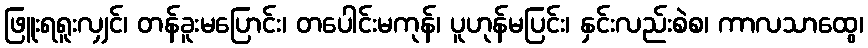
ဖြူးရရူးလျှင်၊ တန်ခူးမပြောင်း၊ တပေါင်းမကုန်၊ ပူဟုန်မပြင်း၊ နှင်းလည်းစဲစ၊ ကာလသာထွေ၊